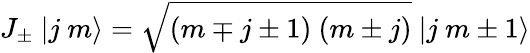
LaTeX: J_{\pm}\ |j\ m\rangle=\sqrt{(m\mp j\pm 1)\ (m\pm j)}\ |j\ m\pm 1\rangle